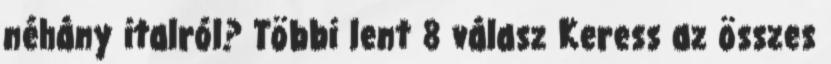
néhány italról? Többi lent 8 válasz Keress az összes